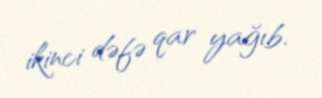
ikinci dəfə qar yağıb.